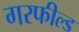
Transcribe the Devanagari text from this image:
गरफील्ड